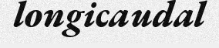
longicaudal